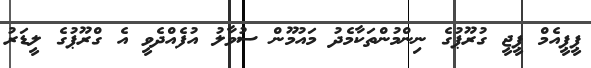
ޕީޕީއެމް ޕީޖީ ގުރޫޕުގެ ނިންމުންތަކާމެދު މައުމޫން ސުވާލު އުފެއްދެވީ އެ ގްރޫޕުގެ ލީޑަރު